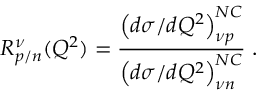
R _ { p / n } ^ { \nu } ( Q ^ { 2 } ) = \frac { \left( d \sigma / d Q ^ { 2 } \right) _ { \nu p } ^ { N C } } { \left( d \sigma / d Q ^ { 2 } \right) _ { \nu n } ^ { N C } } \; .